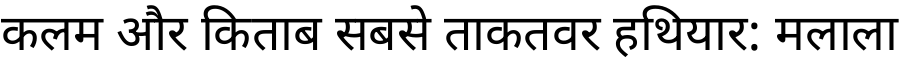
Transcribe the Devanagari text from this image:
कलम और किताब सबसे ताकतवर हथियार: मलाला